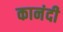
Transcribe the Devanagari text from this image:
कानंदी